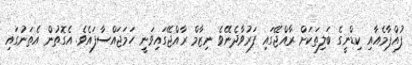
ފުއްޕާމެއާއި ކިޑްނީގެ ބަލިތަކަށް ރާއްޖޭގައި ފަރުވާދެނޭވެ ނިޒާމް ރާއްޖޭގައިވަނީ ހަމަޖައްސާފައެވެ. އެގޮތުން އެތަނުގައި